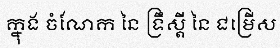
ក្នុង ចំណែក នៃ ទ្រឹស្តី នៃ ជម្រើស